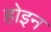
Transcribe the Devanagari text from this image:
होइन